Triennial report on the lunatic asylums in the province of Eastern Bengal and Assam - 1903-1911
Year: 1903
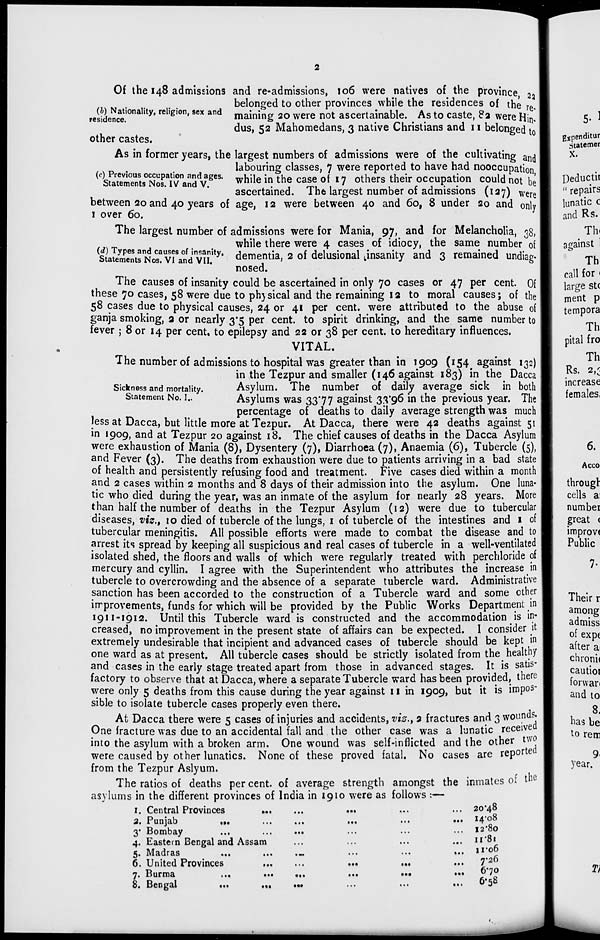
2
(b) Nationality, religion, sex and
residence.
Of the 148 admissions and re-admissions, 106 were natives of the province 22
belonged to other provinces while the residences of the re.
maining 20 were not ascertainable. As to caste, 82 were Hin.
dus, 52 Mahomedans, 3 native Christians and 11 belonged to
other castes.
(c) Previous occupation and ages.
Statements Nos. IV and V.
As in former years, the largest numbers of admissions were of the cultivating and
labouring classes, 7 were reported to have had nooccupation,
while in the case of 17 others their occupation could not be
ascertained. The largest number of admissions (127) were
between 20 and 40 years of age, 12 were between 40 and 60, 8 under 20 and only
1 over 60.
(d) Types and causes of insanity.
Statements Nos. VI and VII.
The largest number of admissions were for Mania, 97, and for Melancholia, 38,
while there were 4 cases of idiocy, the same number of
dementia, 2 of delusional insanity and 3 remained undiag-
nosed.
The causes of insanity could be ascertained in only 70 cases or 47 per cent. Of
these 70 cases, 58 were due to physical and the remaining 12 to moral causes; of the
58 cases due to physical causes, 24 or 41 per cent. were attributed to the abuse of
ganja smoking, 2 or nearly 3.5 per cent. to spirit drinking, and the same number to
fever ; 8 or 14 per cent, to epilepsy and 22 or 38 per cent. to hereditary influences.
VITAL.
Sickness and mortality.
Statement No. I..
The number of admissions to hospital was greater than in 1909 (154 against 132)
in the Tezpur and smaller (146 against 183) in the Dacca
Asylum. The number of daily average sick in both
Asylums was 33.77 against 33.96 in the previous year. The
percentage of deaths to daily average strength was much
less at Dacca, but little more at Tezpur. At Dacca, there were 42 deaths against 51
in 1909, and at Tezpur 20 against 18. The chief causes of deaths in the Dacca Asylum
were exhaustion of Mania (8), Dysentery (7), Diarrhoea (7), Anaemia (6), Tubercle (5),
and Fever (3). The deaths from exhaustion were due to patients arriving in a bad state
of health and persistently refusing food and treatment. Five cases died within a month
and 2 cases within 2 months and 8 days of their admission into the asylum. One luna-
tic who died during the year, was an inmate of the asylum for nearly 28 years. More
than half the number of deaths in the Tezpur Asylum (12) were due to tubercular
diseases, viz., 10 died of tubercle of the lungs, 1 of tubercle of the intestines and 1 of
tubercular meningitis. All possible efforts were made to combat the disease and to
arrest its spread by keeping all suspicious and real cases of tubercle in a well-ventilated
isolated shed, the floors and walls of which were regularly treated with perchloride of
mercury and cyllin. I agree with the Superintendent who attributes the increase in
tubercle to overcrowding and the absence of a separate tubercle ward. Administrative
sanction has been accorded to the construction of a Tubercle ward and some other
improvements, funds for which will be provided by the Public Works Department in
1911-1912. Until this Tubercle ward is constructed and the accommodation is in -
creased, no improvement in the present state of affairs can be expected. I consider it
extremely undesirable that incipient and advanced cases of tubercle should be kept in
one ward as at present. All tubercle cases should be strictly isolated from the healthy
and cases in the early stage treated apart from those in advanced stages. It is satis-
factory to observe that at Dacca, where a separate Tubercle ward has been provided, there
were only 5 deaths from this cause during the year against 11 in 1909, but it is impos-
sible to isolate tubercle cases properly even there.
At Dacca there were 5 cases of injuries and accidents, viz., 2 fractures and 3 wounds.
One fracture was due to an accidental fall and the other case was a lunatic received
into the asylum with a broken arm. One wound was self-inflicted and the other two
were caused by other lunatics. None of these proved fatal. No cases are reported
from the Tezpur Aslyum.
The ratios of deaths per cent. of average strength amongst the inmates of the
asylums in the different provinces of India in 1910 were as follows :—
1. Central Provinces ... ... ... ... ...
2. Punjab
...
...
...
...
...
...
3. Bombay ... ... ... ... ... ...
4. Eastern Bengal and Assam
...
...
...
...
5. Madras
...
...
...
...
...
...
6. United Provinces
...
...
...
...
...
...
7. Burma
...
...
...
...
...
...
8. Bengal ... ... ... ... ... ...
20.48
14.08
12.80
11.81
11.06
7.26
6.70
6.58